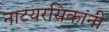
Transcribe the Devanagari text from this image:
नाटयरसिकांनी